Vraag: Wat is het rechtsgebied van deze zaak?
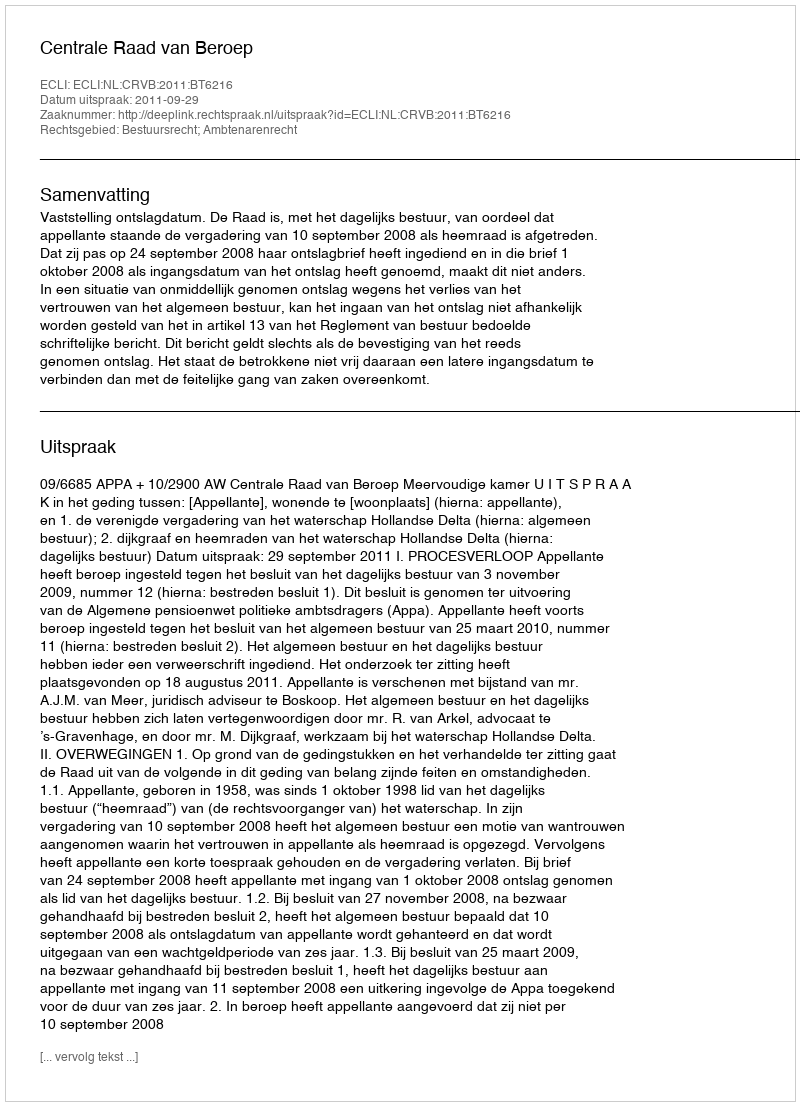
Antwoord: Bestuursrecht; Ambtenarenrecht